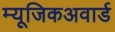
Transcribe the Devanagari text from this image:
म्यूजिकअवार्ड